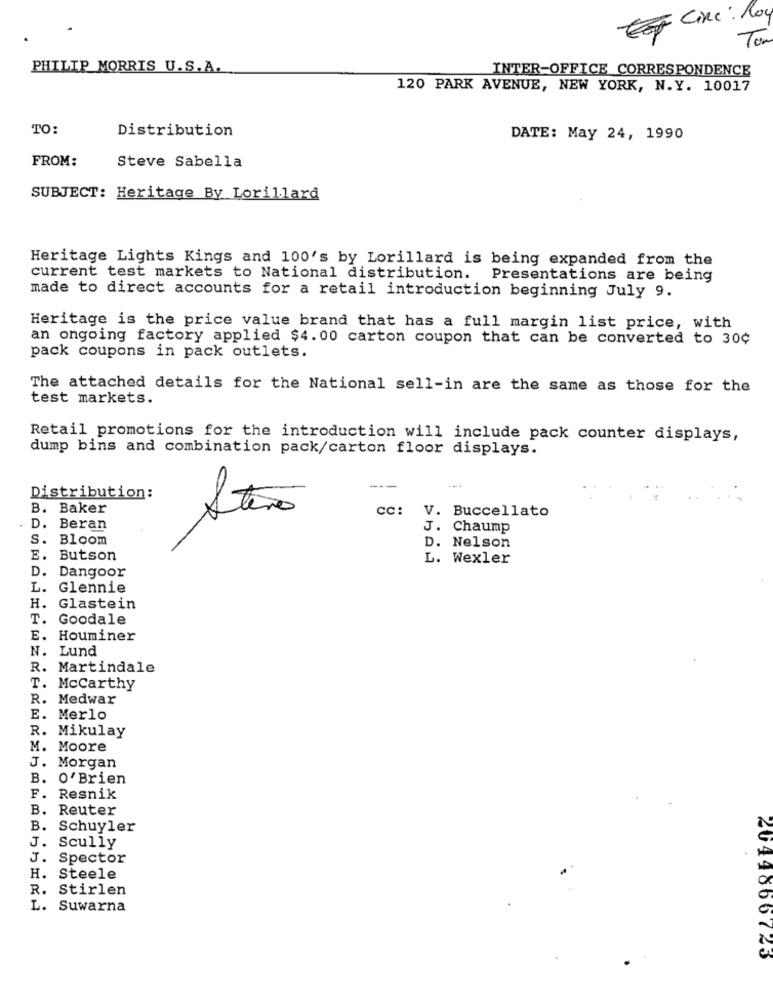
CiRe : Roy
Ton
PHILIP MORRIS U.S.A.
INTER-OFFICE CORRESPONDENCE
120 PARK AVENUE, NEW YORK, N.Y. 10017
TO:
Distribution
DATE: May 24, 1990
FROM:
Steve Sabella
SUBJECT: Heritage By Lorillard
Heritage Lights Kings and 100's by Lorillard is being expanded from the
current test markets to National distribution. Presentations are being
made to direct accounts for a retail introduction beginning July 9.
Heritage is the price value brand that has a full margin list price, with
an ongoing factory applied $4.00 carton coupon that can be converted to 30¢
pack coupons in pack outlets.
The attached details for the National sell-in are the same as those for the
test markets.
Retail promotions for the introduction will include pack counter displays,
dump bins and combination pack/carton floor displays.
---
Distribution:
B. Baker
cc: V. Buccellato
Stero
D. Beran
J. Chaump
S.
Bloom
D. Nelson
E. Butson
L. Wexler
D.
Dangoor
L.
Glennie
H.
Glastein
T.
Goodale
E. Houminer
N. Lund
R. Martindale
T. Mccarthy
R. Medwar
E. Merlo
R. Mikulay
M. Moore
J. Morgan
B. O'Brien
F. Resnik
B. Reuter
B. Schuyler
J. Scully
J. Spector
H. Steele
R. Stirlen
L. Suwarna
2049866723